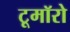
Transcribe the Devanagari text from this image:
टूमॉरो